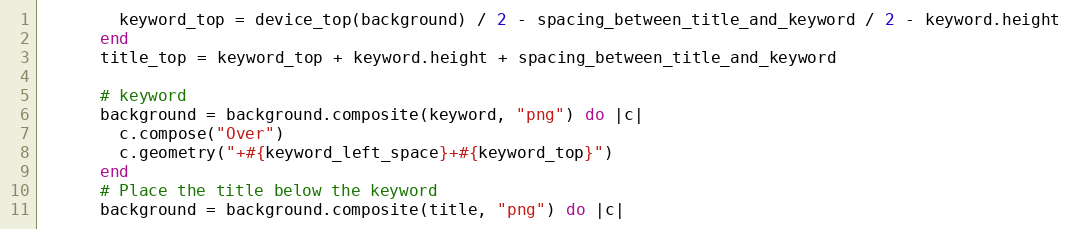
Language: Ruby
        keyword_top = device_top(background) / 2 - spacing_between_title_and_keyword / 2 - keyword.height
      end
      title_top = keyword_top + keyword.height + spacing_between_title_and_keyword

      # keyword
      background = background.composite(keyword, "png") do |c|
        c.compose("Over")
        c.geometry("+#{keyword_left_space}+#{keyword_top}")
      end
      # Place the title below the keyword
      background = background.composite(title, "png") do |c|